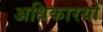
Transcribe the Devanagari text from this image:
अधिकारयों